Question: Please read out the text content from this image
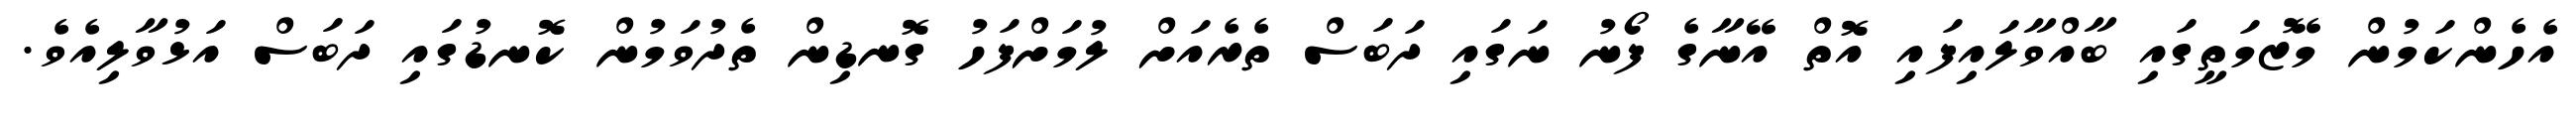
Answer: އެހެންކަމުން މޭޒުމަތީގައި ބާއްވާލައިފައި އޮތް އޭނާގެ ފޯނު ނަގައި ދަބަސް ތެރެއަށް ލުމަށްފަހު ގޮނޑިން ތެދުވަމުން ކޮނޑުގައި ދަބަސް އަޅުވާލިއެވެ.